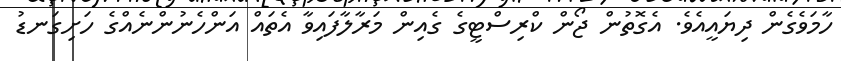
ހާމަވެގެން ދިޔައީއެވެ. އެގޮތުން ޖޯން ކްރިސްޓީގެ ގެއިން މަރާލާފައިވާ އެތައް އަންހެނުންނެއްގެ ހަށިގަނޑު